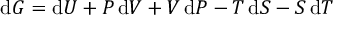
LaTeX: \mathrm { d } G = \mathrm { d } U + P \, \mathrm { d } V + V \, \mathrm { d } P - T \, \mathrm { d } S - S \, \mathrm { d } T